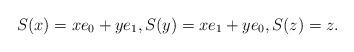
LaTeX: \begin{gather*}S(x)=xe_0+ye_1,S(y)=xe_1+ye_0,S(z)=z.\end{gather*}